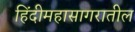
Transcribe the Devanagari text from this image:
हिंदीमहासागरातील